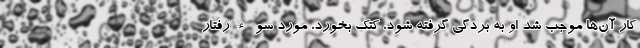
کار آن‌ها موجب شد او به بردگی گرفته شود، کتک‌ بخورد، مورد سوءرفتار